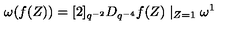
\omega ( f ( Z ) ) = [ 2 ] _ { q ^ { - 2 } } D _ { q ^ { - 4 } } f ( Z ) \mid _ { Z = 1 } \omega ^ { 1 }